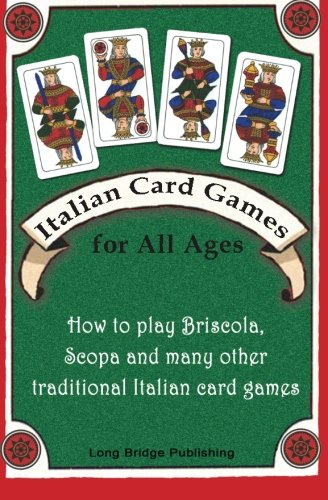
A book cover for Italian Card Games for All Ages: How to play Briscola, Scopa and many other traditional Italian card games; Long Bridge Publishing; Humor & Entertainment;